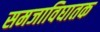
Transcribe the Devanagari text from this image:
समजाविघातक